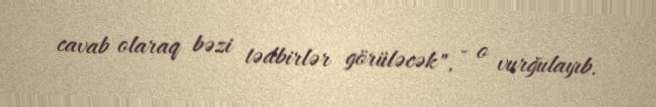
cavab olaraq bəzi tədbirlər görüləcək", - o vurğulayıb.